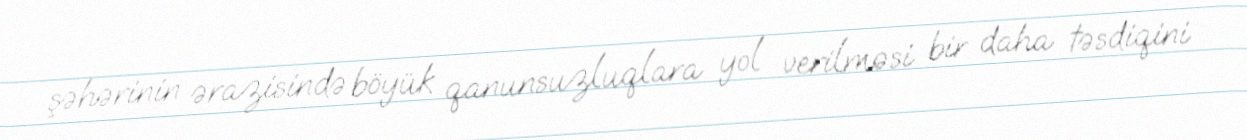
şəhərinin ərazisində böyük qanunsuzluqlara yol verilməsi bir daha təsdiqini